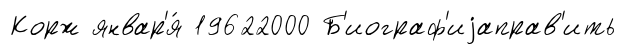
Корж январ'я́ 19622000 Б'иограф'иjаправ'ить